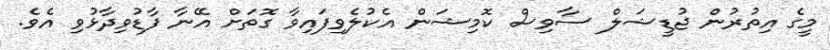
މީގެ އިތުރުން ޖުޑީޝަލް ސާވިސް ކޮމިޝަން އެކުލެވިފައިވާ ގޮތަށް އޭނާ ފާޑުވިދާޅުވި އެވެ.